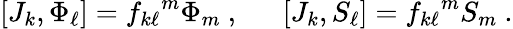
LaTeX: [J_{k},\Phi_{\ell}]={f_{k\ell}}^{m}\Phi_{m}~,~~~~~~[J_{k},S_{\ell}]={f_{k\ell}}^{m}S_{m}~.